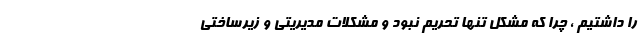
را داشتیم ، چرا که مشکل تنها تحریم نبود و مشکلات مدیریتی و زیرساختی